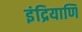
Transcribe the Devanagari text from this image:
इंद्रियाणि